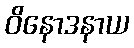
ဝိနောဒနာယ